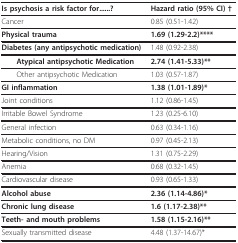
<table><thead><tr><td><b>Is psychosis a risk factor for......?</b></td><td><b>Hazard ratio (95% CI) †</b></td></tr></thead><tbody><tr><td>Cancer</td><td>0.85 (0.51-1.42)</td></tr><tr><td><b>Physical trauma</b></td><td><b>1.69 (1.29-2.2)****</b></td></tr><tr><td><b>Diabetes (any antipsychotic medication)</b></td><td>1.48 (0.92-2.38)</td></tr><tr><td> <b>Atypical antipsychotic Medication</b></td><td><b>2.74 (1.41-5.33)**</b></td></tr><tr><td> Other antipsychotic Medication</td><td>1.03 (0.57-1.87)</td></tr><tr><td><b>GI inflammation</b></td><td><b>1.38 (1.01-1.89)*</b></td></tr><tr><td>Joint conditions</td><td>1.12 (0.86-1.45)</td></tr><tr><td>Irritable Bowel Syndrome</td><td>1.23 (0.25-6.10)</td></tr><tr><td>General infection</td><td>0.63 (0.34-1.16)</td></tr><tr><td>Metabolic conditions, no DM</td><td>0.97 (0.45-2.13)</td></tr><tr><td>Hearing/Vision</td><td>1.31 (0.75-2.29)</td></tr><tr><td>Anemia</td><td>0.68 (0.32-1.45)</td></tr><tr><td>Cardiovascular disease</td><td>0.93 (0.65-1.33)</td></tr><tr><td><b>Alcohol abuse</b></td><td><b>2.36 (1.14-4.86)*</b></td></tr><tr><td><b>Chronic lung disease</b></td><td><b>1.6 (1.17-2.38)**</b></td></tr><tr><td><b>Teeth- and mouth problems</b></td><td><b>1.58 (1.15-2.16)**</b></td></tr><tr><td>Sexually transmitted disease</td><td>4.48 (1.37-14.67)*</td></tr></tbody></table>